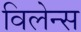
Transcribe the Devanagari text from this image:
विलेन्स